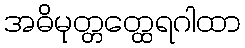
အဓိမုတ္တတ္ထေရဂါထာ